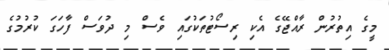
މީގެ އިތުރުން ރާއްޖޭގެ އެކި ރިސޯޓުތަކުގައި ވެސް މި ދުވަސް ފާހަގަ ކުރުމުގެ